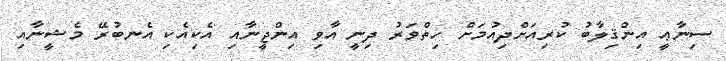
ސިނާޢީ އިންޤިލާބު ކުރިއަށްދިއުމަށް ހިތްވަރު ދިނީ އާވި އިންޖީނާއި އެކިއެކި އެނބުރޭ މެޝީނާއި